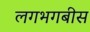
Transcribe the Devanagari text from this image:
लगभगबीस